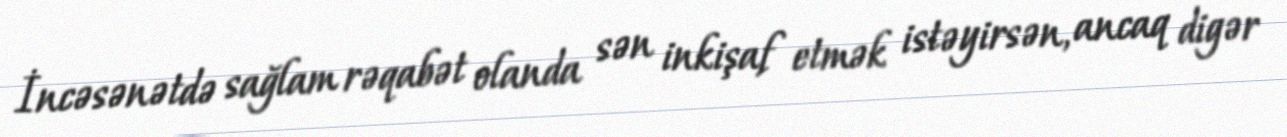
İncəsənətdə sağlam rəqabət olanda sən inkişaf etmək istəyirsən, ancaq digər